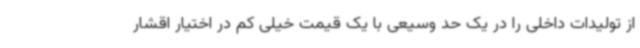
از تولیدات داخلی را در یک حد وسیعی با یک قیمت خیلی کم در اختیار اقشار